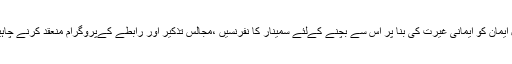
اہل ایمان کو ایمانی غیرت کی بنا پر اس سے بچنے کےلئے سمینار کا نفرنسیں ،مجالس تذکیر اور رابطے کےپروگرام منعقد کرنے چاہیں۔